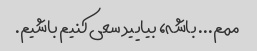
ممم... باشه، بیایید سعی کنیم باشیم.